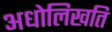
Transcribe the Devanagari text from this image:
अधोलिखति